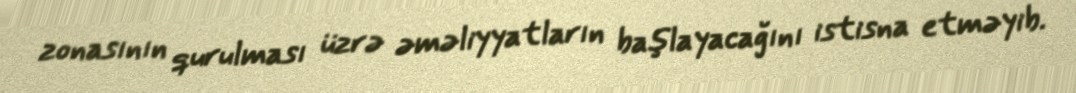
zonasının qurulması üzrə əməliyyatların başlayacağını istisna etməyib.